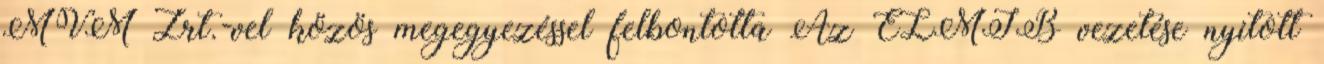
MVM Zrt.-vel közös megegyezéssel felbontotta Az ELMIB vezetése nyitott